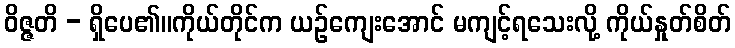
ဝိဇ္ဇတိ - ရှိပေ၏။ကိုယ်တိုင်က ယဉ်ကျေးအောင် မကျင့်ရသေးလို့ ကိုယ်နှုတ်စိတ်